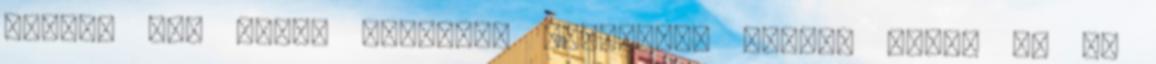
csapat egy része elindult Sarikamis végcél felé. Én is